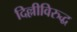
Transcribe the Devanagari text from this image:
दिल्लीविरुद्ध